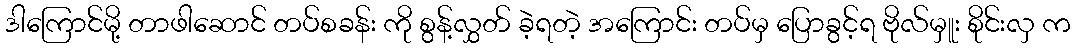
ဒါကြောင်မို့ တာဖါဆောင် တပ်စခန်း ကို စွန့်လွှတ် ခဲ့ရတဲ့ အကြောင်း တပ်မှ ပြောခွင့်ရ ဗိုလ်မှူး စိုင်းလှ က